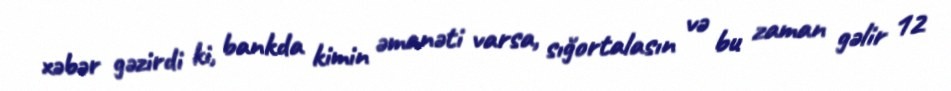
xəbər gəzirdi ki, bankda kimin əmanəti varsa, sığortalasın və bu zaman gəlir 12